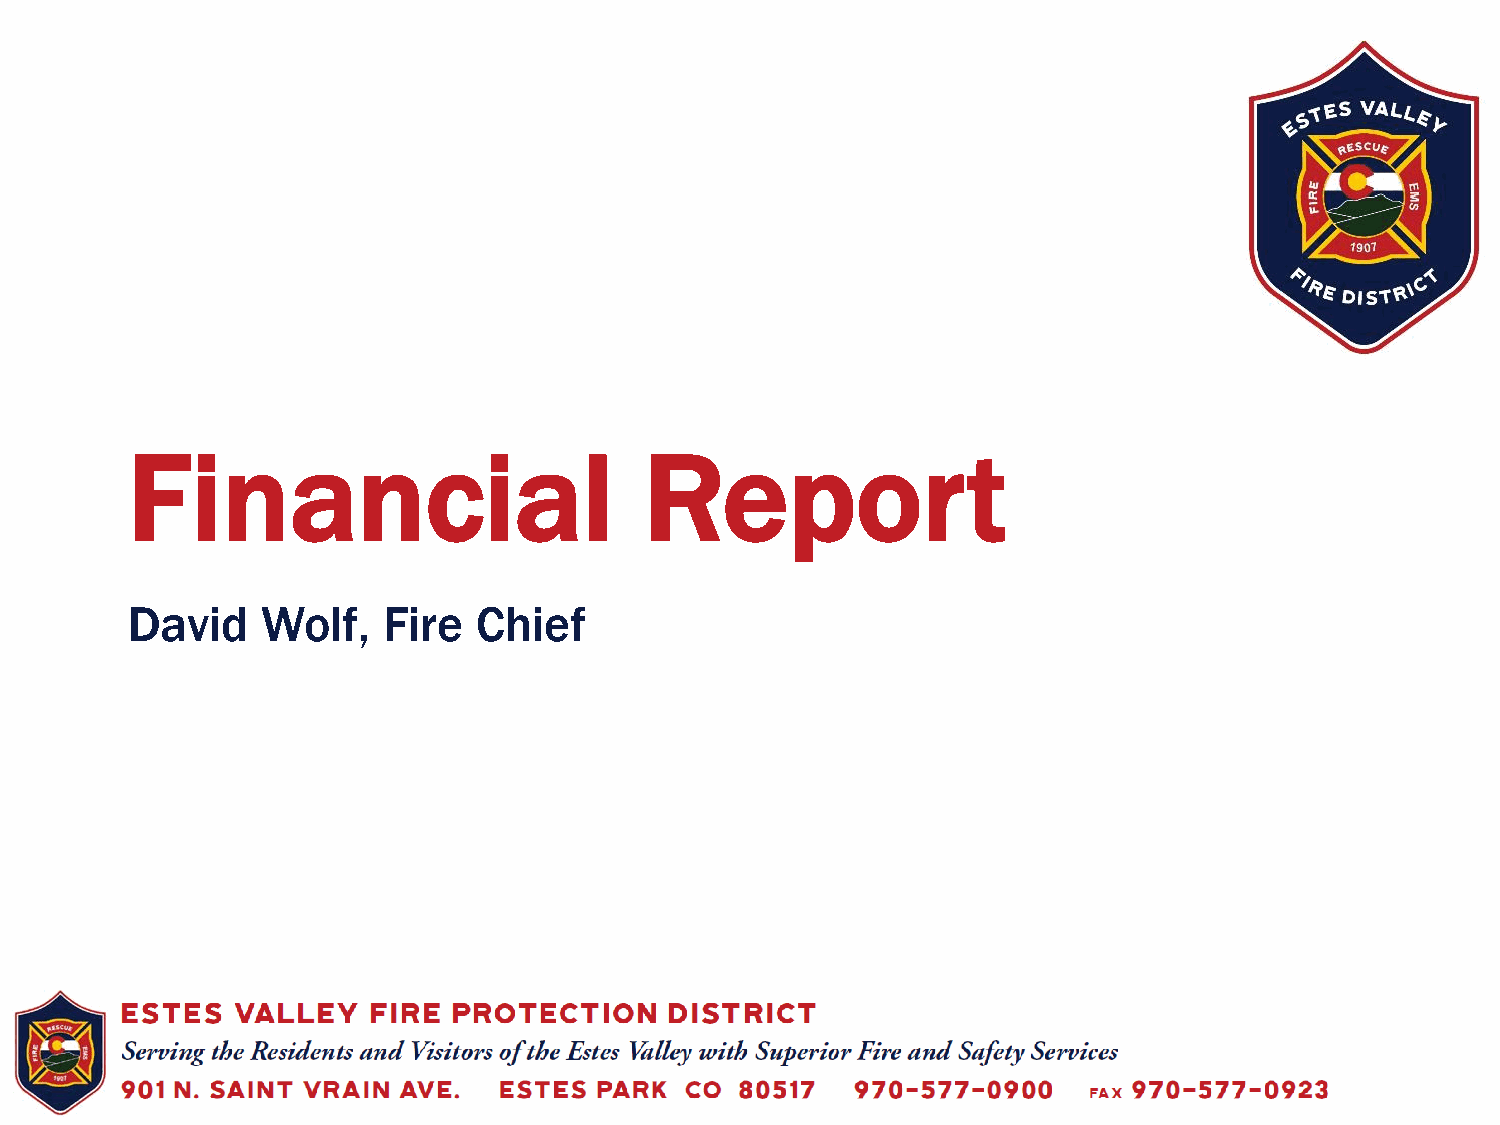
Financial                          Report
 David    Wolf,   Fire  Chief